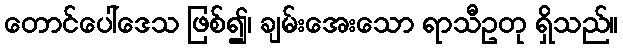
တောင်ပေါ်ဒေသ ဖြစ်၍၊ ချမ်းအေးသော ရာသီဥတု ရှိသည်။